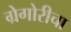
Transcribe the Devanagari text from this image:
ग्रेगोरीचा